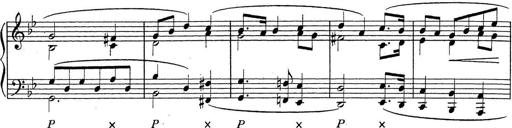
Title: ÄŒeskÃ© Sonatiny
Composer: Various